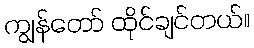
ကျွန်တော် ထိုင်ချင်တယ်။